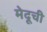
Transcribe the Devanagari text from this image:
मेदूची